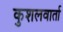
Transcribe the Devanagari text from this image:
कुशलवार्ता